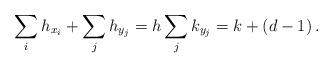
LaTeX: \begin{align*} \sum_i h_{x_i} + \sum_j h_{y_j} = h \sum_j k_{y_j} = k + (d-1) \,. \end{align*}